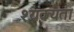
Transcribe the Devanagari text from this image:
श्यक्यता